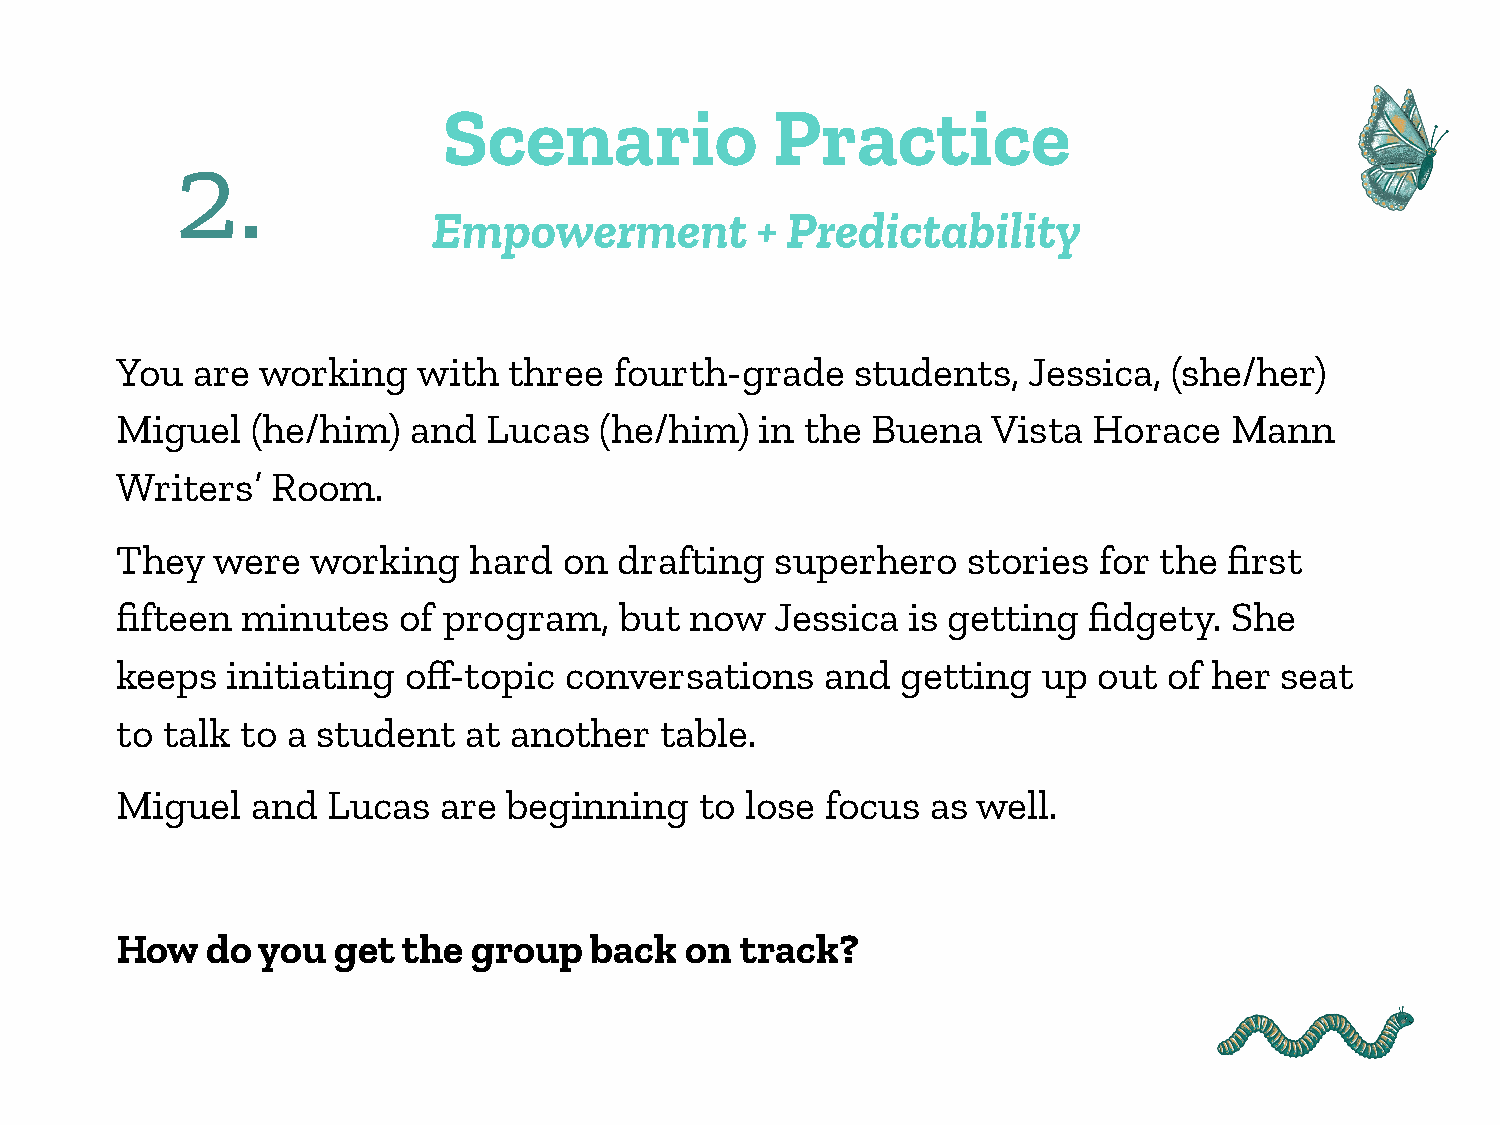
Scenario              Practice
 2
 .
 Empowerment          + Predictability
 You  are working    with  three  fourth-grade    students,  Jessica,  (she/her)
 Miguel   (he/him)  and  Lucas   (he/him)  in the  Buena   Vista Horace   Mann
 Writers’  Room.
 They  were   working   hard  on  drafting  superhero    stories  for the first
 fifteen minutes   of program,    but  now  Jessica  is getting  fidgety.  She
 keeps  initiating  off-topic conversations     and  getting  up  out of her  seat
 to talk to a student   at another   table.
 Miguel   and  Lucas  are  beginning   to lose  focus  as well.
 How   do you  get  the group   back  on  track?